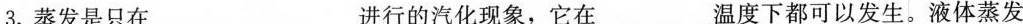
3.蒸发是只在___进行的汽化现象，它在___温度下都可以发生。液体蒸发